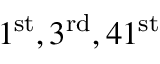
1 ^ { \mathrm { s t } } , 3 ^ { \mathrm { r d } } , 4 1 ^ { \mathrm { s t } }